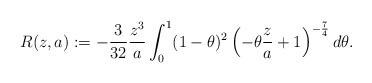
LaTeX: \begin{align*}R(z,a) := -\frac{3}{32} \frac{z^3}{a} \int _0^1 (1-\theta)^2 \left( -\theta \frac{z}{a}+1 \right)^{-\frac{7}{4}} d\theta .\end{align*}